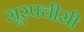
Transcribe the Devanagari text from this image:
सूरपचीसी